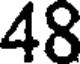
48